Scottish Leaving Certificate Examination, 1954
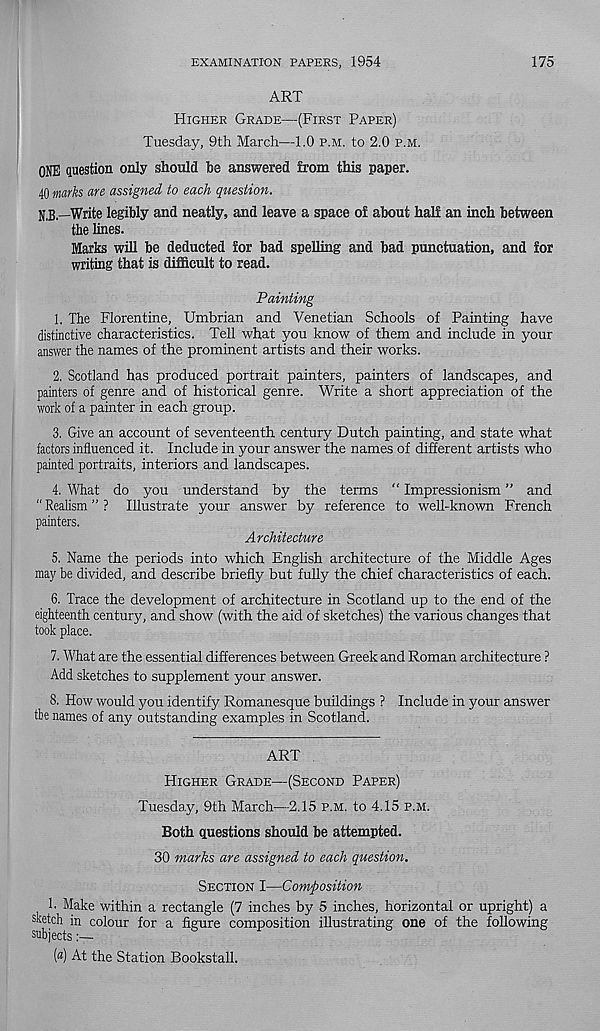
EXAMINATION PAPERS, 1954
175
ART
Higher Grade—(First Paper)
Tuesday, 9th March—1.0 p.m. to 2.0 p.m.
ONE question only should be answered from this paper.
40 marks, are assigned to each question.
N,b.—Write legibly and neatly, and leave a space of about half an inch between
the lines.
Marks will be deducted for bad spelling and bad punctuation, and for
writing that is difficult to read.
Painting
1. The Florentine, Umbrian and Venetian Schools of Painting have
distinctive characteristics. Tell what you know of them and include in your
answer the names of the prominent artists and their works.
2. Scotland has produced portrait painters, painters of landscapes, and
painters of genre and of historical genre. Write a short appreciation of the
work of a painter in each group.
3. Give an account of seventeenth century Dutch painting, and state what
factors influenced it. Include in your answer the names of different artists who
painted portraits, interiors and landscapes.
4. What do you understand by the terms “ Impressionism ” and
“ Realism ” ? Illustrate your answer by reference to well-known French
painters.
Architecture
5. Name the periods into which English architecture of the Middle Ages
may be divided, and describe briefly but fully the chief characteristics of each.
6. Trace the development of architecture in Scotland up to the end of the
eighteenth century, and show (with the aid of sketches) the various changes that
took place.
7. What are the essential differences between Greek and Roman architecture ?
Add sketches to supplement your answer.
8. How would you identify Romanesque buildings ? Include in your answer
tbe names of any outstanding examples in Scotland.
ART
Higher Grade—(Second Paper)
Tuesday, 9th March—-2.15 p.m. to 4.15 p.m.
Both questions should be attempted.
30 marks are assigned to each question.
Section I—Composition
1. Make within a rectangle (7 inches by 5 inches, horizontal or upright) a
sketch in colour for a figure composition illustrating one of the following
subjects:—■
'
(a) At the Station Bookstall.